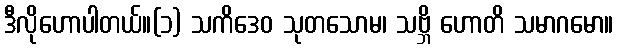
ဒီလိုဟောပါတယ်။(၁) သကိဒေဝ သုတသောမ၊ သဗ္ဘိ ဟောတိ သမာဂမော။